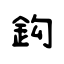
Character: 鈎